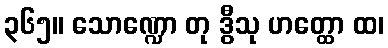
၃၆၅။ သောဏ္ဍော တု ဒွီသု ဟတ္ထော ထ၊